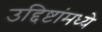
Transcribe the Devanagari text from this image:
उद्दिष्टांमध्ये